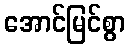
အောင်မြင်စွာ